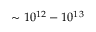
\sim 1 0 ^ { 1 2 } - 1 0 ^ { 1 3 }